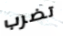
تضرب